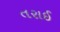
તરાઈ